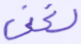
لغني